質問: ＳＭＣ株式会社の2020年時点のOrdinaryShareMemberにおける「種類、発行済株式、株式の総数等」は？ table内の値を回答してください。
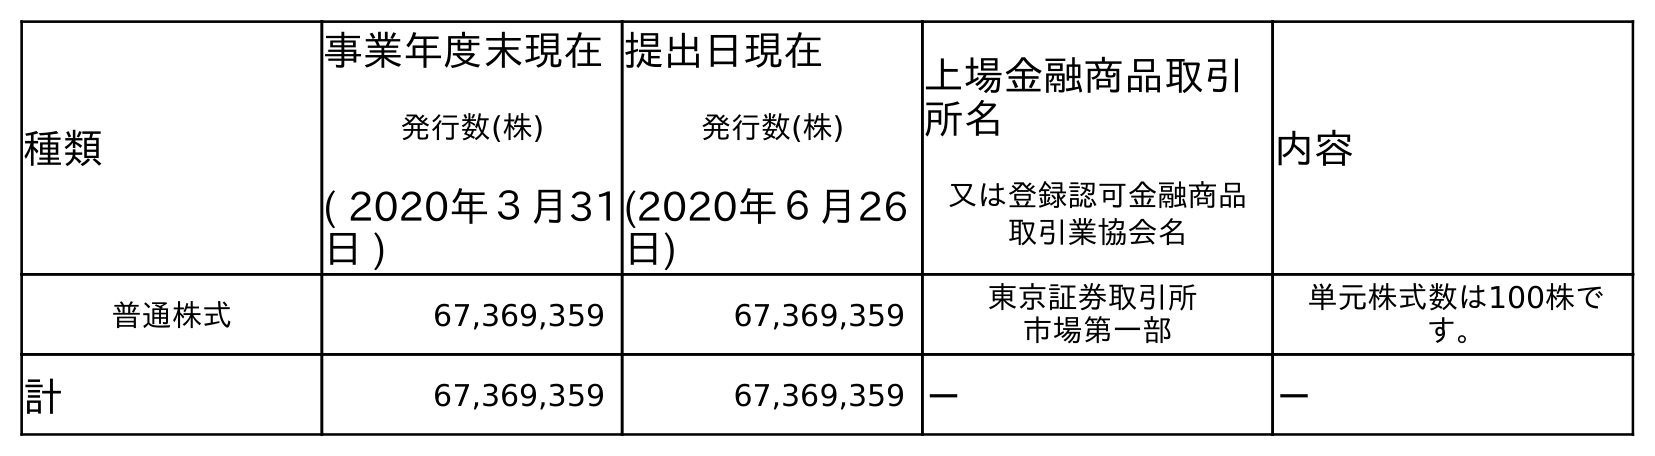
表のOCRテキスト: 種類 事業年度末現在 発行数(株) ( 2020年３月31 日 ) 提出日現在 発行数(株) (2020年６月26 日) 上場金融商品取引 所名 又は登録認可金融商品 取引業協会名 内容 普通株式 67,369,359 67,369,359 東京証券取引所 市場第一部 単元株式数は100株で す。 計 67,369,359 67,369,359 － －
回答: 普通株式